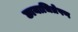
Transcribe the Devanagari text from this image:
छायाचित्रेपण